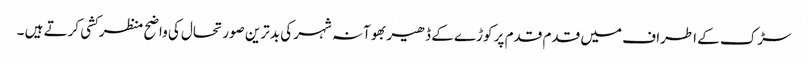
سڑک کے اطراف میں قدم قدم پر کوڑے کے ڈھیر بھوآنہ شہر کی بدترین صورتحال کی واضح منظرکشی کرتے ہیں ۔